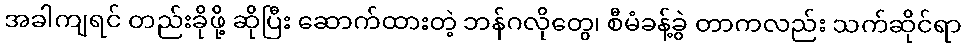
အခါကျရင် တည်းခိုဖို့ ဆိုပြီး ဆောက်ထားတဲ့ ဘန်ဂလိုတွေ၊ စီမံခန့်ခွဲ တာကလည်း သက်ဆိုင်ရာ